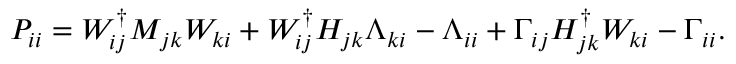
P _ { i i } = W _ { i j } ^ { \dagger } M _ { j k } W _ { k i } + W _ { i j } ^ { \dagger } H _ { j k } \Lambda _ { k i } - \Lambda _ { i i } + \Gamma _ { i j } H _ { j k } ^ { \dagger } W _ { k i } - \Gamma _ { i i } .